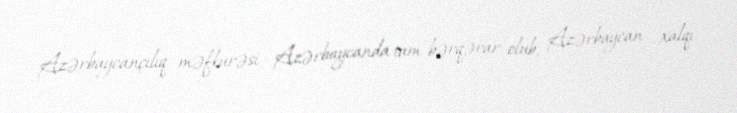
Azərbaycançılıq məfkurəsi Azərbaycanda tam bərqərar olub, Azərbaycan xalqı